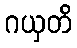
ဂယှတိ